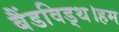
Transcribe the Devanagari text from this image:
बैंडविड्थ।हम